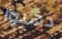
ذهبوا